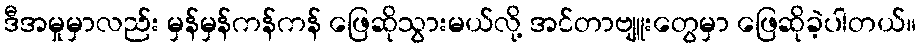
ဒီအမှုမှာလည်း မှန်မှန်ကန်ကန် ဖြေဆိုသွားမယ်လို့ အင်တာဗျူးတွေမှာ ဖြေဆိုခဲ့ပါတယ်။